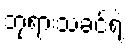
ဘုရားသခင်ရဲ့